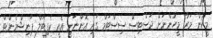
މީހުން މަރާ މީހުންނަށް ޖަސްޓިސް ސިސްޓަމް ގައި އޮންނަނީ އެއީ ކެޕިޓަލް ޕަނިޝްމެންޓް